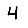
Digit: 4